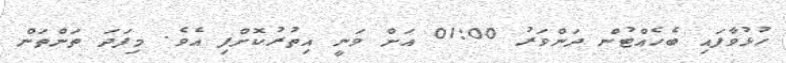
ހުޅުވާފައި ބެހެއްޓުން ދަންވަރު 01:00 އަށް ވަނީ އިތުރުކޮށްފި އެވެ. މިފަދަ ތަންތަން